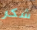
شكر